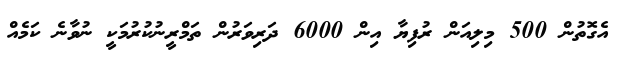
އެގޮތުން 500 މިލިއަން ރުފިޔާ އިން 6000 ދަރިވަރުން ތަމްރީނުކުރުމަކީ ނުވާނެ ކަމެއް